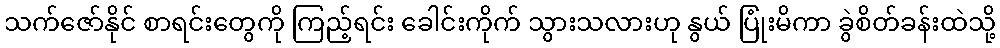
သက်ဇော်နိုင် စာရင်းတွေကို ကြည့်ရင်း ခေါင်းကိုက် သွားသလားဟု နွယ် ပြုံးမိကာ ခွဲစိတ်ခန်းထဲသို့